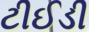
ટીઈડી